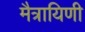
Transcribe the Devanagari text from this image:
मैत्रायिणी